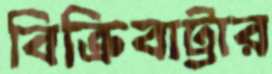
বিক্রিবাট্টার